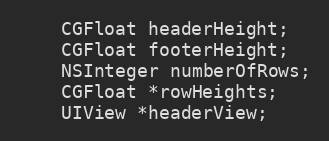
Language: C
    CGFloat headerHeight;
    CGFloat footerHeight;
    NSInteger numberOfRows;
    CGFloat *rowHeights;
    UIView *headerView;